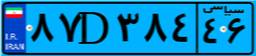
۸۷D۳۸۴۴۶